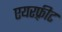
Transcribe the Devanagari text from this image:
एयरफ़्रीट